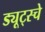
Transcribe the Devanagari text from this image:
ड्यूट्स्चे